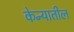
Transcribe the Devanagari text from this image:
केन्यातील